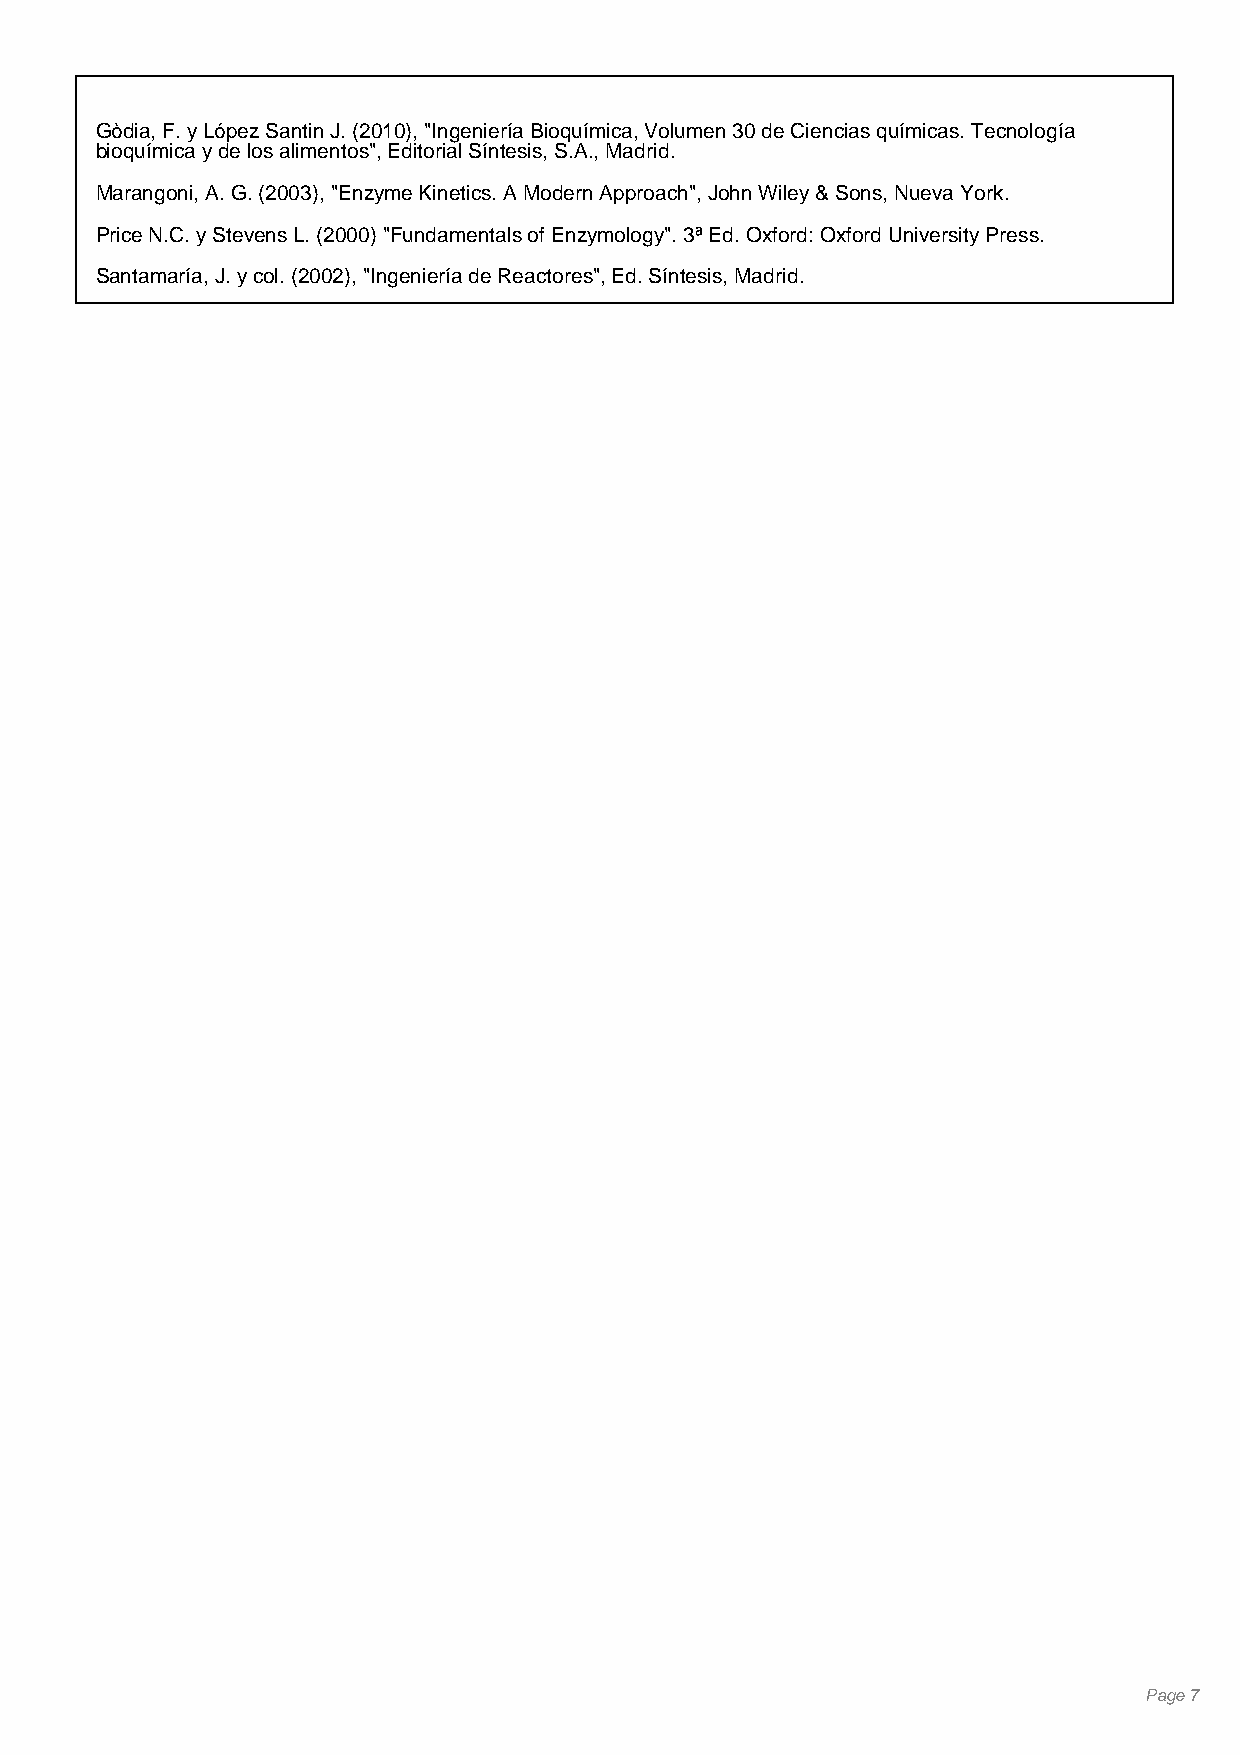
Gòdia, F. y López Santin J. (2010), "Ingeniería Bioquímica, Volumen 30 de Ciencias químicas. Tecnología
 bioquímica y de los alimentos", Editorial Síntesis, S.A., Madrid.
 Marangoni, A. G. (2003), "Enzyme Kinetics. A Modern Approach", John Wiley & Sons, Nueva York.
 Price N.C. y Stevens L. (2000) "Fundamentals of Enzymology". 3ª Ed. Oxford: Oxford University Press.
 Santamaría, J. y col. (2002), "Ingeniería de Reactores", Ed. Síntesis, Madrid.
 Page 7